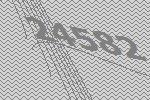
24582